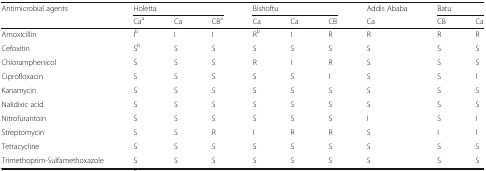
<table><thead><tr><td rowspan="2"><b>Antimicrobial agents</b></td><td colspan="3"><b>Holetta</b></td><td colspan="3"><b>Bishoftu</b></td><td><b>Addis Ababa</b></td><td colspan="2"><b>Batu</b></td></tr><tr><td><b>Ca<sup>a</sup></b></td><td><b>Ca</b></td><td><b>CB<sup>a</sup></b></td><td><b>Ca</b></td><td><b>Ca</b></td><td><b>CB</b></td><td><b>Ca</b></td><td><b>CB</b></td><td><b>Ca</b></td></tr></thead><tbody><tr><td>Amoxicillin</td><td>I<sup>b</sup></td><td>I</td><td>I</td><td>R<sup>b</sup></td><td>I</td><td>R</td><td>R</td><td>R</td><td>R</td></tr><tr><td>Cefoxitin</td><td>S<sup>b</sup></td><td>S</td><td>S</td><td>S</td><td>S</td><td>S</td><td>S</td><td>S</td><td>S</td></tr><tr><td>Chloramphenicol</td><td>S</td><td>S</td><td>S</td><td>R</td><td>I</td><td>R</td><td>S</td><td>S</td><td>S</td></tr><tr><td>Ciprofloxacin</td><td>S</td><td>S</td><td>S</td><td>S</td><td>S</td><td>I</td><td>S</td><td>S</td><td>I</td></tr><tr><td>Kanamycin</td><td>S</td><td>S</td><td>S</td><td>S</td><td>S</td><td>S</td><td>S</td><td>S</td><td>S</td></tr><tr><td>Nalidixic acid</td><td>S</td><td>S</td><td>S</td><td>S</td><td>S</td><td>S</td><td>S</td><td>S</td><td>S</td></tr><tr><td>Nitrofurantoin</td><td>S</td><td>S</td><td>S</td><td>S</td><td>S</td><td>S</td><td>I</td><td>S</td><td>I</td></tr><tr><td>Streptomycin</td><td>S</td><td>S</td><td>R</td><td>I</td><td>R</td><td>R</td><td>S</td><td>I</td><td>I</td></tr><tr><td>Tetracycline</td><td>S</td><td>S</td><td>S</td><td>S</td><td>S</td><td>S</td><td>S</td><td>S</td><td>S</td></tr><tr><td>Trimethoprim-Sulfamethoxazole</td><td>S</td><td>S</td><td>S</td><td>S</td><td>S</td><td>S</td><td>S</td><td>S</td><td>S</td></tr></tbody></table>